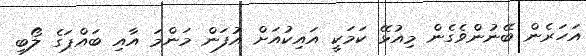
އަހަރެން ބޭނުންވެގެން މިއުޅޭ ކަމަކީ އައިކުއަށް އުފަން މަންމަ އާއި ބައްޕަގެ ލޯބި